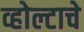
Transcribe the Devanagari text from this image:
व्होल्टाचे